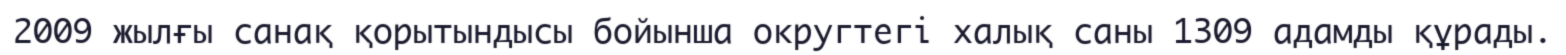
2009 жылғы санақ қорытындысы бойынша округтегі халық саны 1309 адамды құрады.